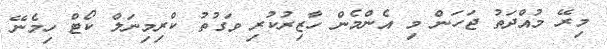
މިރޭ މުއްދަތު ޖަހަން މި އެންމެން ހާޒިރުކުރި ވަގުތު ކްރިމިނަލް ކޯޓް ހިމެނޭ